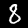
Label: 8